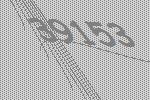
39153